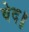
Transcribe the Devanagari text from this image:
वेद॥